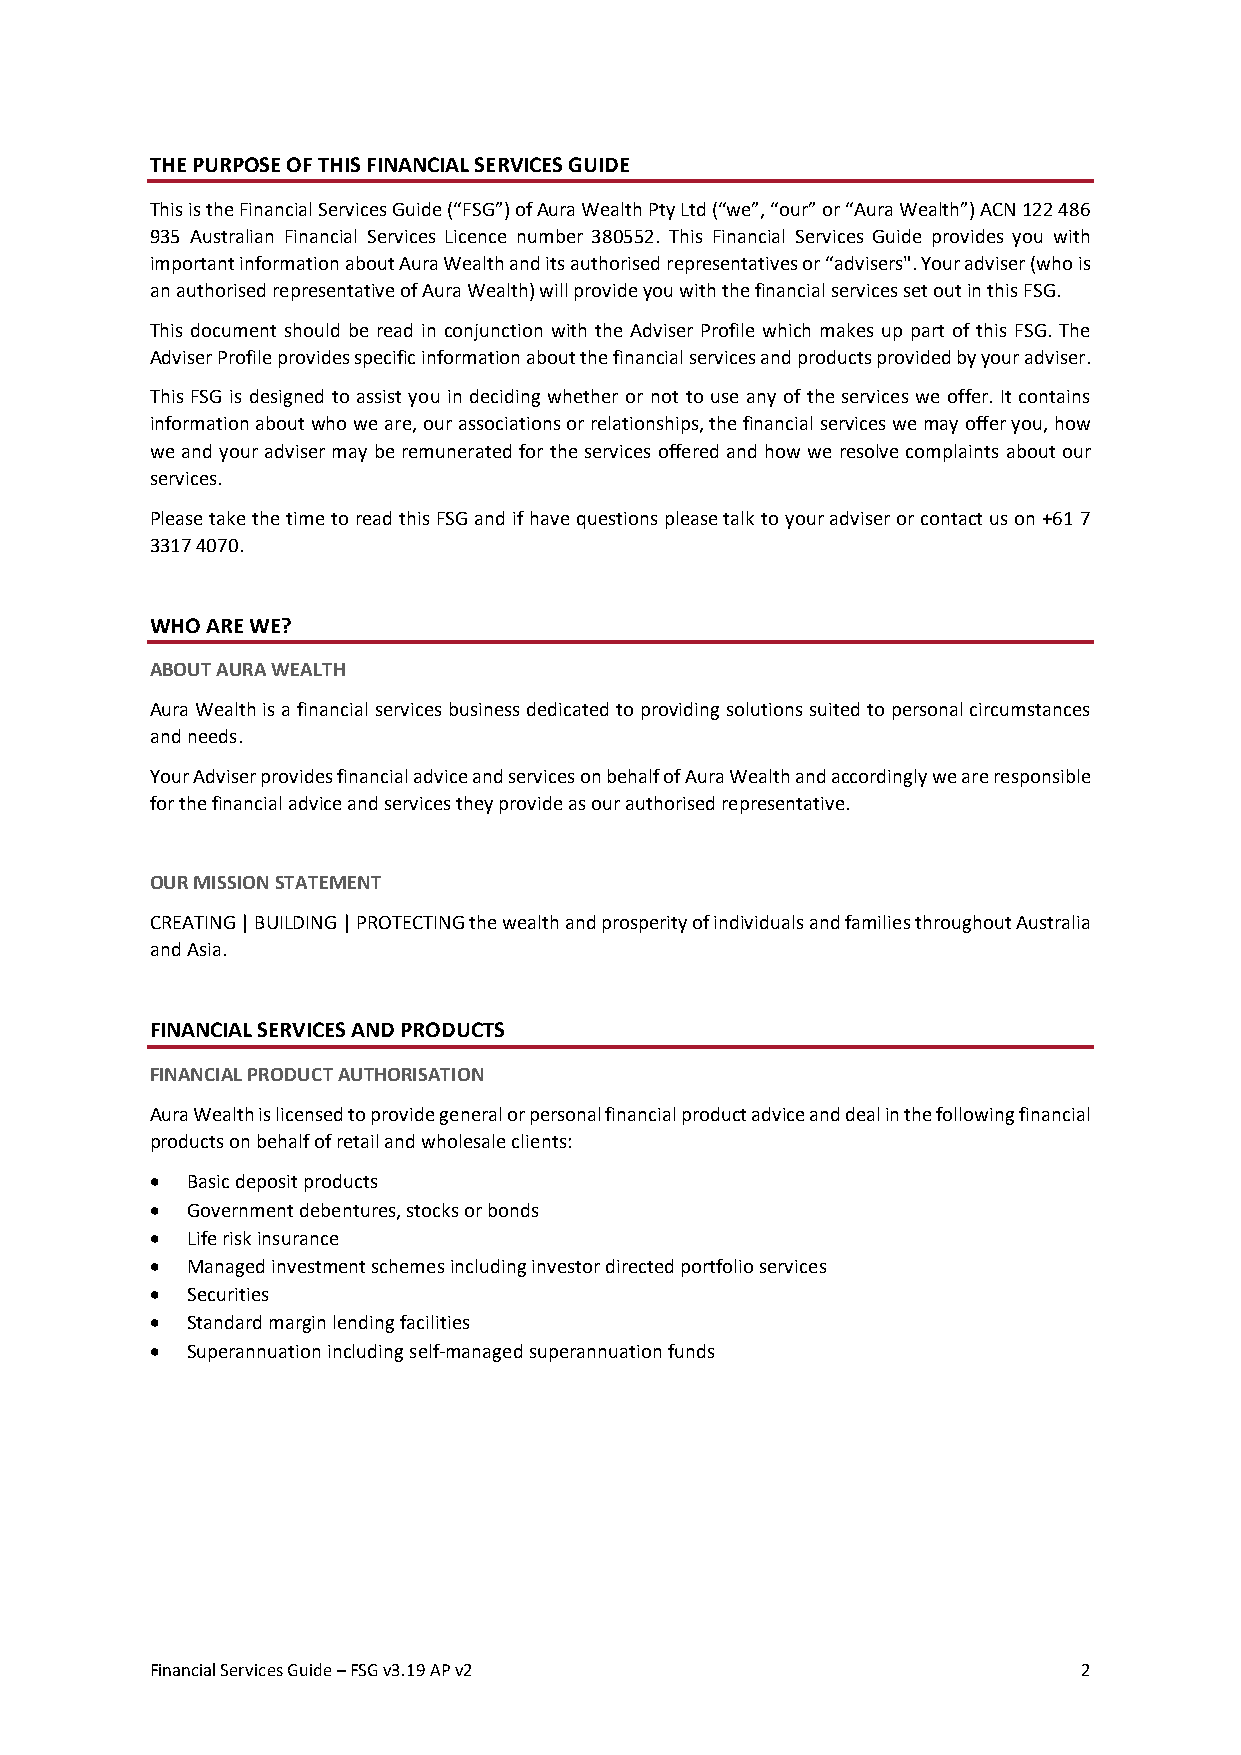
THE PURPOSE OF THIS FINANCIAL SERVICES GUIDE
 This is the Financial Services Guide (“FSG”) of Aura Wealth Pty Ltd (“we”, “our” or “Aura Wealth”) ACN 122 486
 935 Australian Financial Services Licence number 380552. This Financial Services Guide provides you with
 important information about Aura Wealth and its authorised representatives or “advisers". Your adviser (who is
 an authorised representative of Aura Wealth) will provide you with the financial services set out in this FSG.
 This document should be read in conjunction with the Adviser Profile which makes up part of this FSG. The
 Adviser Profile provides specific information about the financial services and products provided by your adviser.
 This FSG is designed to assist you in deciding whether or not to use any of the services we offer. It contains
 information about who we are, our associations or relationships, the financial services we may offer you, how
 we and your adviser may be remunerated for the services offered and how we resolve complaints about our
 services.
 Please take the time to read this FSG and if have questions please talk to your adviser or contact us on +61 7
 3317 4070.
 WHO ARE WE?
 ABOUT AURA WEALTH
 Aura Wealth is a financial services business dedicated to providing solutions suited to personal circumstances
 and needs.
 Your Adviser provides financial advice and services on behalf of Aura Wealth and accordingly we are responsible
 for the financial advice and services they provide as our authorised representative.
 OUR MISSION STATEMENT
 CREATING | BUILDING | PROTECTING the wealth and prosperity of individuals and families throughout Australia
 and Asia.
 FINANCIAL SERVICES AND PRODUCTS
 FINANCIAL PRODUCT AUTHORISATION
 Aura Wealth is licensed to provide general or personal financial product advice and deal in the following financial
 products on behalf of retail and wholesale clients:
 • Basic deposit products
 • Government debentures, stocks or bonds
 • Life risk insurance
 • Managed investment schemes including investor directed portfolio services
 • Securities
 • Standard margin lending facilities
 • Superannuation including self-managed superannuation funds
 Financial Services Guide – FSG v3.19 AP v2                    2